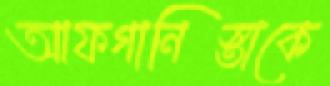
আফগানিস্তাকে